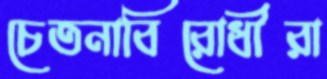
চেতনাবিরোধীরা